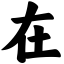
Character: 在